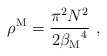
\begin{align*}\rho^{\rm M}={\pi^2 N^2 \over 2 {{\beta}_{\rm M}}^4}\ ,\end{align*}